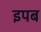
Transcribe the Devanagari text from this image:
इपब